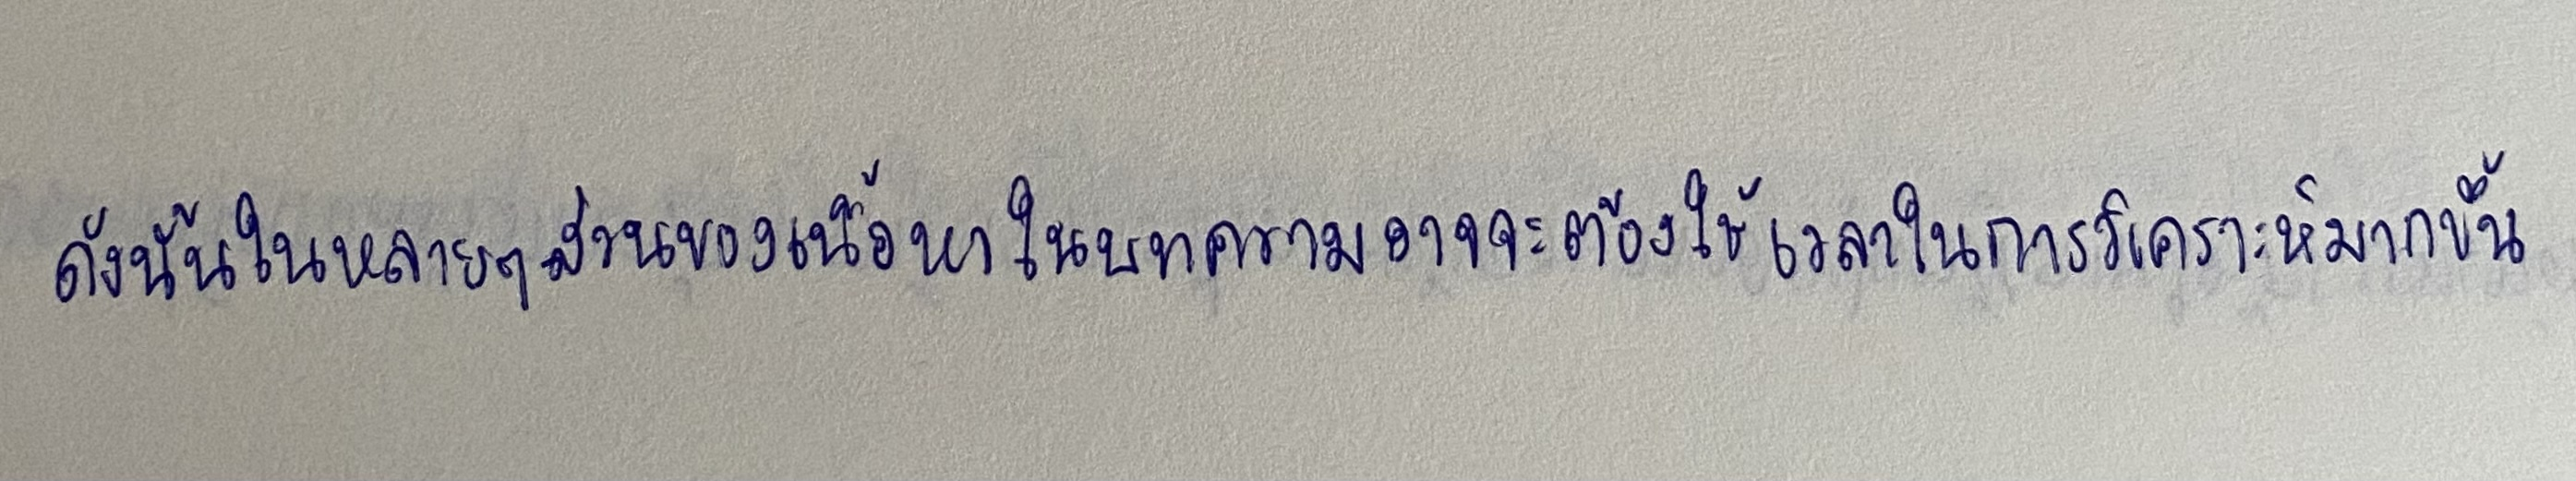
ดังนั้นในหลายๆส่วนของเนื้อหาในบทความอาจจะต้องใช้เวลาในการวิเคราะห์มากขึ้น